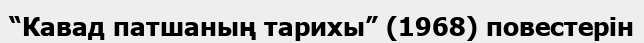
“Кавад патшаның тарихы” (1968) повестерін